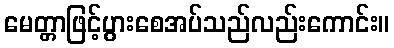
မေတ္တာဖြင့်ပွားစေအပ်သည်လည်းကောင်း။